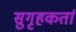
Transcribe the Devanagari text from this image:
सुगृहकर्ता